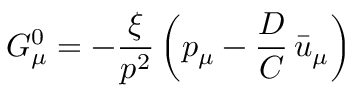
G _ { \mu } ^ { 0 } = - { \frac { \xi } { p ^ { 2 } } } \left( p _ { \mu } - { \frac { D } { C } } \, \bar { u } _ { \mu } \right)